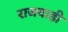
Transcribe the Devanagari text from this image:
राजवाडी